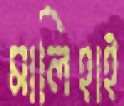
মালিহাই